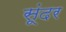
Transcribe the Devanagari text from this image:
सूंदर